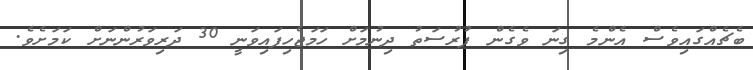
ބެޗެއްގައިވެސް އެންމެ ގިނަ ވެގެން ފުރުސަތު ދިނުމަށް ހަމަޖެހިފައިވަނީ 30 ދަރިވަރުންނަށް ކަމަށެވެ.